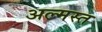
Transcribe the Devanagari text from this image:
अल्मस्त